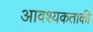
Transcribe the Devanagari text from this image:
आवश्‍यकताकी